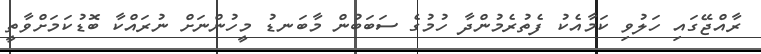
ރާއްޖޭގައި ހަލުވި ކަމާއެކު ފެތުރެމުންދާ ހުމުގެ ސަބަބުން މާބަނޑު މީހުންނަށް ނުރައްކާ ބޮޑުކަމަށްވާތީ